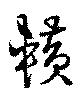
＊